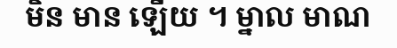
មិន មាន ឡើយ ។ ម្នាល មាណ